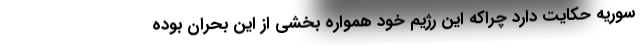
سوریه حکایت دارد چراکه این رژیم خود همواره بخشی از این بحران بوده